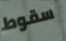
سقوط